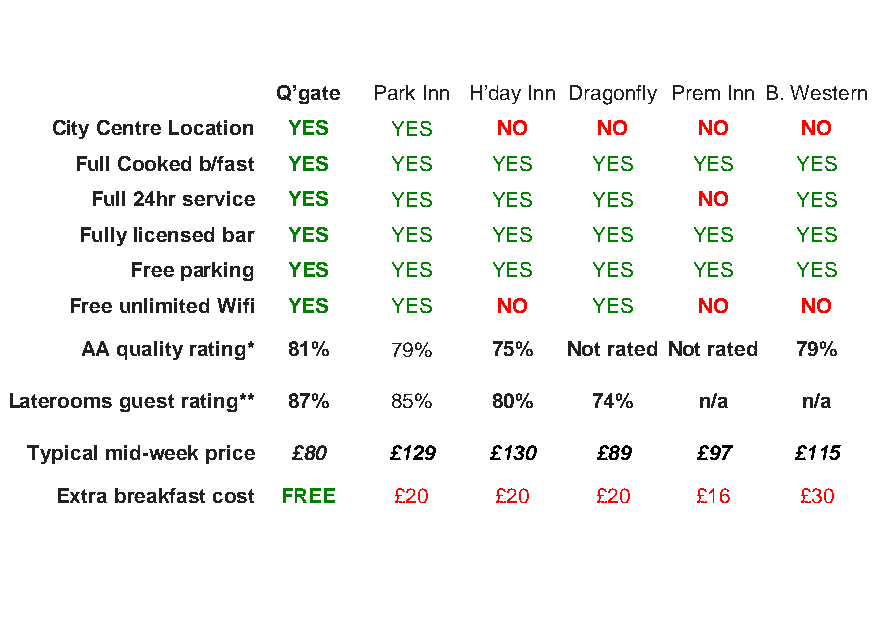
Q’gate Park Inn H’day Inn Dragonfly Prem Inn B. Western
 City Centre Location YES YES  NO     NO    NO     NO
 Full Cooked b/fast YES YES  YES   YES    YES    YES
 Full 24hr service YES YES  YES   YES    NO     YES
 Fully licensed bar YES YES  YES   YES    YES    YES
 Free parking YES YES    YES   YES    YES    YES
 Free unlimited Wifi YES YES NO    YES    NO     NO
 AA quality rating* 81% 79%  75%  Not rated Not rated 79%
 Laterooms guest rating** 87% 85% 80%   74%    n/a    n/a
 Typical mid-week price £80 £129 £130 £89    £97    £115
 Extra breakfast cost FREE £20 £20  £20    £16    £30